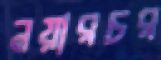
নয়ারচর